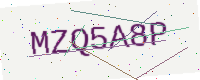
Text: MZQ5A8P